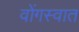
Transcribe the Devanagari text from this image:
वोंगस्वात